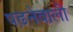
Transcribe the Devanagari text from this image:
पढ़नेवाली